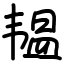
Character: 韫